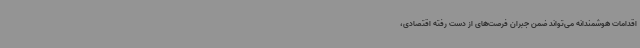
اقدامات هوشمندانه می‌تواند ضمن جبران فرصت‌های از دست رفته اقتصادی،